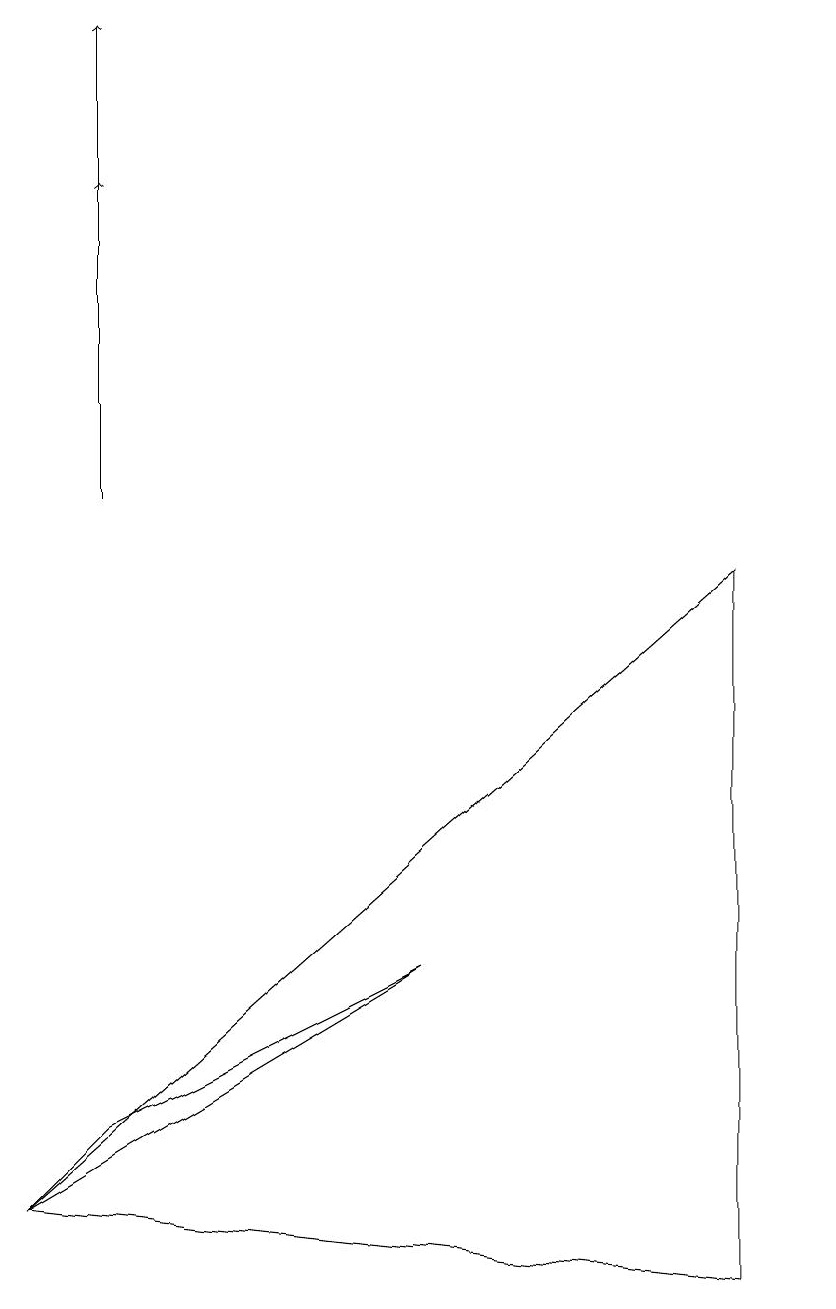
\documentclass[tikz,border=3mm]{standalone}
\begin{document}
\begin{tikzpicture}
\draw (5,4) -- (1,2) -- (0,1) -- cycle;
\draw (9,0) -- (0,1) -- (9,9) -- cycle;
\draw[->] (1,10) -- (1,16);
\draw[->] (1,12) -- (1,14);
\draw (10,11) circle (0);
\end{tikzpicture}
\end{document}